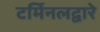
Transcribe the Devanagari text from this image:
टर्मिनलद्वारे